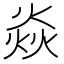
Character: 焱